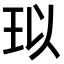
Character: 𤤳